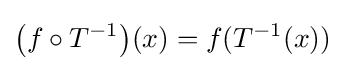
\left(f\circ T^{-1}\right)\!(x)=f(T^{-1}(x))